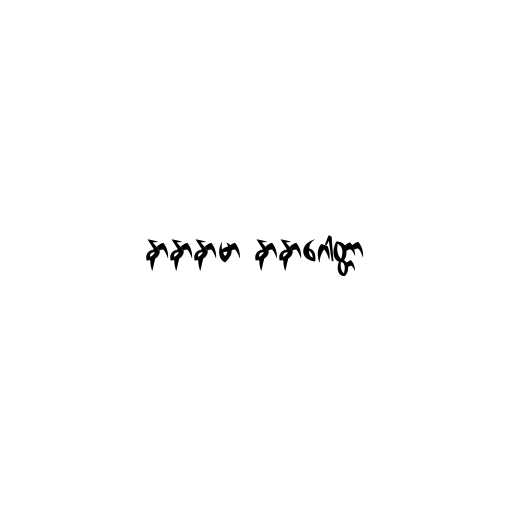
နာနာနာမာ နာနာဂေါတ္တာ